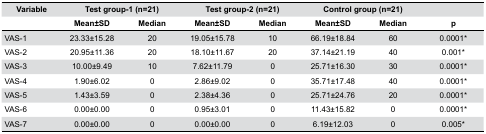
<table><thead><tr><td><b>Variable</b></td><td colspan="2"><b>Test group-1 (n=21)</b></td><td colspan="2"><b>Test group-2 (n=21)</b></td><td colspan="2"><b>Control group (n=21)</b></td><td></td></tr><tr><td></td><td><b>Mean±SD</b></td><td><b>Median</b></td><td><b>Mean±SD</b></td><td><b>Median</b></td><td><b>Mean±SD</b></td><td><b>Median</b></td><td><b>p</b></td></tr></thead><tbody><tr><td>VAS-1</td><td>23.33±15.28</td><td>20</td><td>19.05±15.78</td><td>10</td><td>66.19±18.84</td><td>60</td><td>0.0001*</td></tr><tr><td>VAS-2</td><td>20.95±11.36</td><td>20</td><td>18.10±11.67</td><td>20</td><td>37.14±21.19</td><td>40</td><td>0.001*</td></tr><tr><td>VAS-3</td><td>10.00±9.49</td><td>10</td><td>7.62±11.79</td><td>0</td><td>25.71±16.30</td><td>30</td><td>0.0001*</td></tr><tr><td>VAS-4</td><td>1.90±6.02</td><td>0</td><td>2.86±9.02</td><td>0</td><td>35.71±17.48</td><td>40</td><td>0.0001*</td></tr><tr><td>VAS-5</td><td>1.43±3.59</td><td>0</td><td>2.38±4.36</td><td>0</td><td>25.71±24.76</td><td>20</td><td>0.0001*</td></tr><tr><td>VAS-6</td><td>0.00±0.00</td><td>0</td><td>0.95±3.01</td><td>0</td><td>11.43±15.82</td><td>0</td><td>0.0001*</td></tr><tr><td>VAS-7</td><td>0.00±0.00</td><td>0</td><td>0.00±0.00</td><td>0</td><td>6.19±12.03</td><td>0</td><td>0.005*</td></tr></tbody></table>